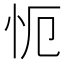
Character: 𭜒